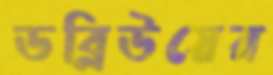
ডব্লিউয়ের